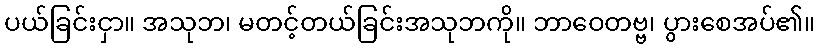
ပယ်ခြင်းငှာ။ အသုဘ၊ မတင့်တယ်ခြင်းအသုဘကို။ ဘာဝေတဗ္ဗ၊ ပွားစေအပ်၏။